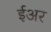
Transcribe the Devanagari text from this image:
ईअर